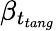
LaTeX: \beta_{t_{tang}}